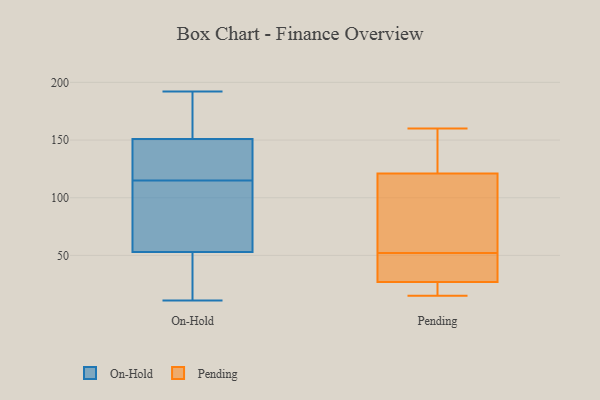
{"axis": {"x": "Production Output", "y": "Value"}, "legend": ["On-Hold", "Pending"], "data": [{"x": "", "y": 102, "type": "On-Hold"}, {"x": "", "y": 37, "type": "On-Hold"}, {"x": "", "y": 53, "type": "On-Hold"}, {"x": "", "y": 192, "type": "On-Hold"}, {"x": "", "y": 98, "type": "On-Hold"}, {"x": "", "y": 149, "type": "On-Hold"}, {"x": "", "y": 117, "type": "On-Hold"}, {"x": "", "y": 13, "type": "On-Hold"}, {"x": "", "y": 157, "type": "On-Hold"}, {"x": "", "y": 113, "type": "On-Hold"}, {"x": "", "y": 11, "type": "On-Hold"}, {"x": "", "y": 145, "type": "On-Hold"}, {"x": "", "y": 154, "type": "On-Hold"}, {"x": "", "y": 25, "type": "On-Hold"}, {"x": "", "y": 87, "type": "On-Hold"}, {"x": "", "y": 152, "type": "On-Hold"}, {"x": "", "y": 138, "type": "On-Hold"}, {"x": "", "y": 151, "type": "On-Hold"}, {"x": "", "y": 38, "type": "Pending"}, {"x": "", "y": 15, "type": "Pending"}, {"x": "", "y": 160, "type": "Pending"}, {"x": "", "y": 24, "type": "Pending"}, {"x": "", "y": 113, "type": "Pending"}, {"x": "", "y": 121, "type": "Pending"}, {"x": "", "y": 57, "type": "Pending"}, {"x": "", "y": 145, "type": "Pending"}, {"x": "", "y": 47, "type": "Pending"}, {"x": "", "y": 27, "type": "Pending"}]}